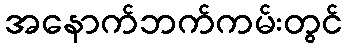
အနောက်ဘက်ကမ်းတွင်